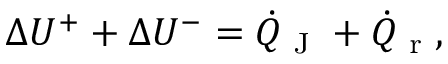
\Delta U ^ { + } + \Delta U ^ { - } = \dot { Q } _ { \textrm { J } } + \dot { Q } _ { \textrm { r } } ,